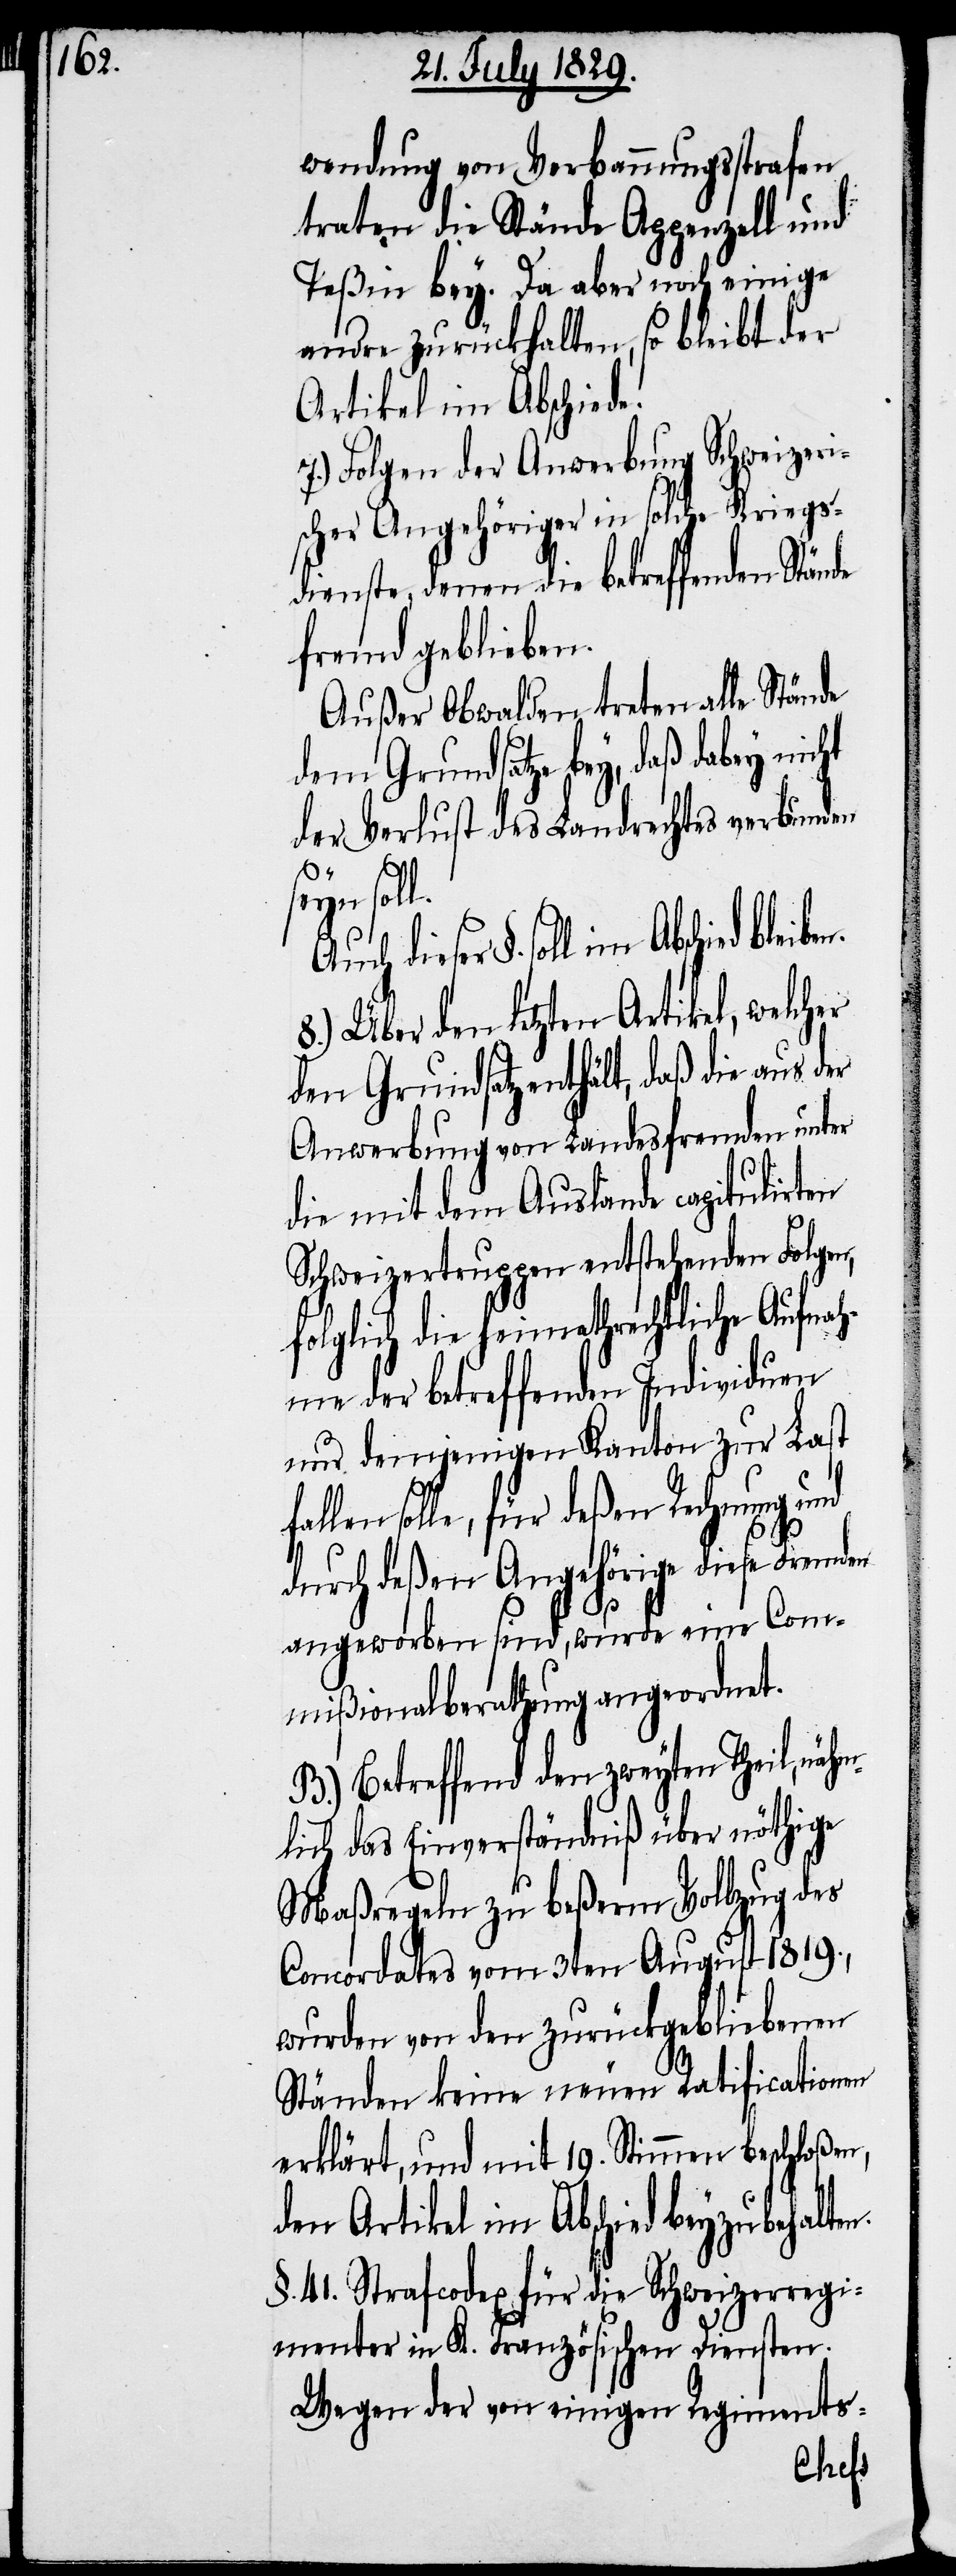
wendung von Verbannungsstrafen
traten die Stände Appenzell und
Teßin bey. Da aber noch einige
andre zurückhalten, so bleibt der
Artikel im Abschiede.
7.) Folgen der Anwerbung Schweizeri¬
scher Angehöriger in solche Kriegs¬
dienste, denen die betreffenden Stände
fremd geblieben.
Außer Obwalden treten alle Stände
dem Grundsatze bey, daß dabey nicht
der Verlust des Landrechtes verbunden
seyn soll.
Auch dieser §. soll im Abschied
8.) Über den letzten Artikel,
den Grundsatz enthält, daß die aus der
Anwerbung von Landesfremden unter
die mit dem Auslande capitulirten
Schweizertruppen entstehenden Folgen,
folglich die heimathrechtliche Aufna¬
hme der betreffenden Individuen
nur demjenigen Kanton zur Last
solle, für deßen Rechnung und
durch deßen Angehörige diese Fremden
angeworben sind, wurde eine Com¬
mißionalberathung angeordnet.
B.) Betreffend den zweyten Theil, näh¬
mlich das Einverständniß über nöthige
Maßregeln zu beßerm Vollzug des
Concordates vom 3ten August 1819.,
wurden von den zurückgebliebenen
Ständen keine neuen Ratificationen
erklärt, und mit 19. Stimmen beschloßen,
den Artikel im Abschied beyzubehalten.
§. 41. Strafcodex für die Schweizerregi¬
menter in K. Französischen Diensten.
Wegen der von einigen Regiments-